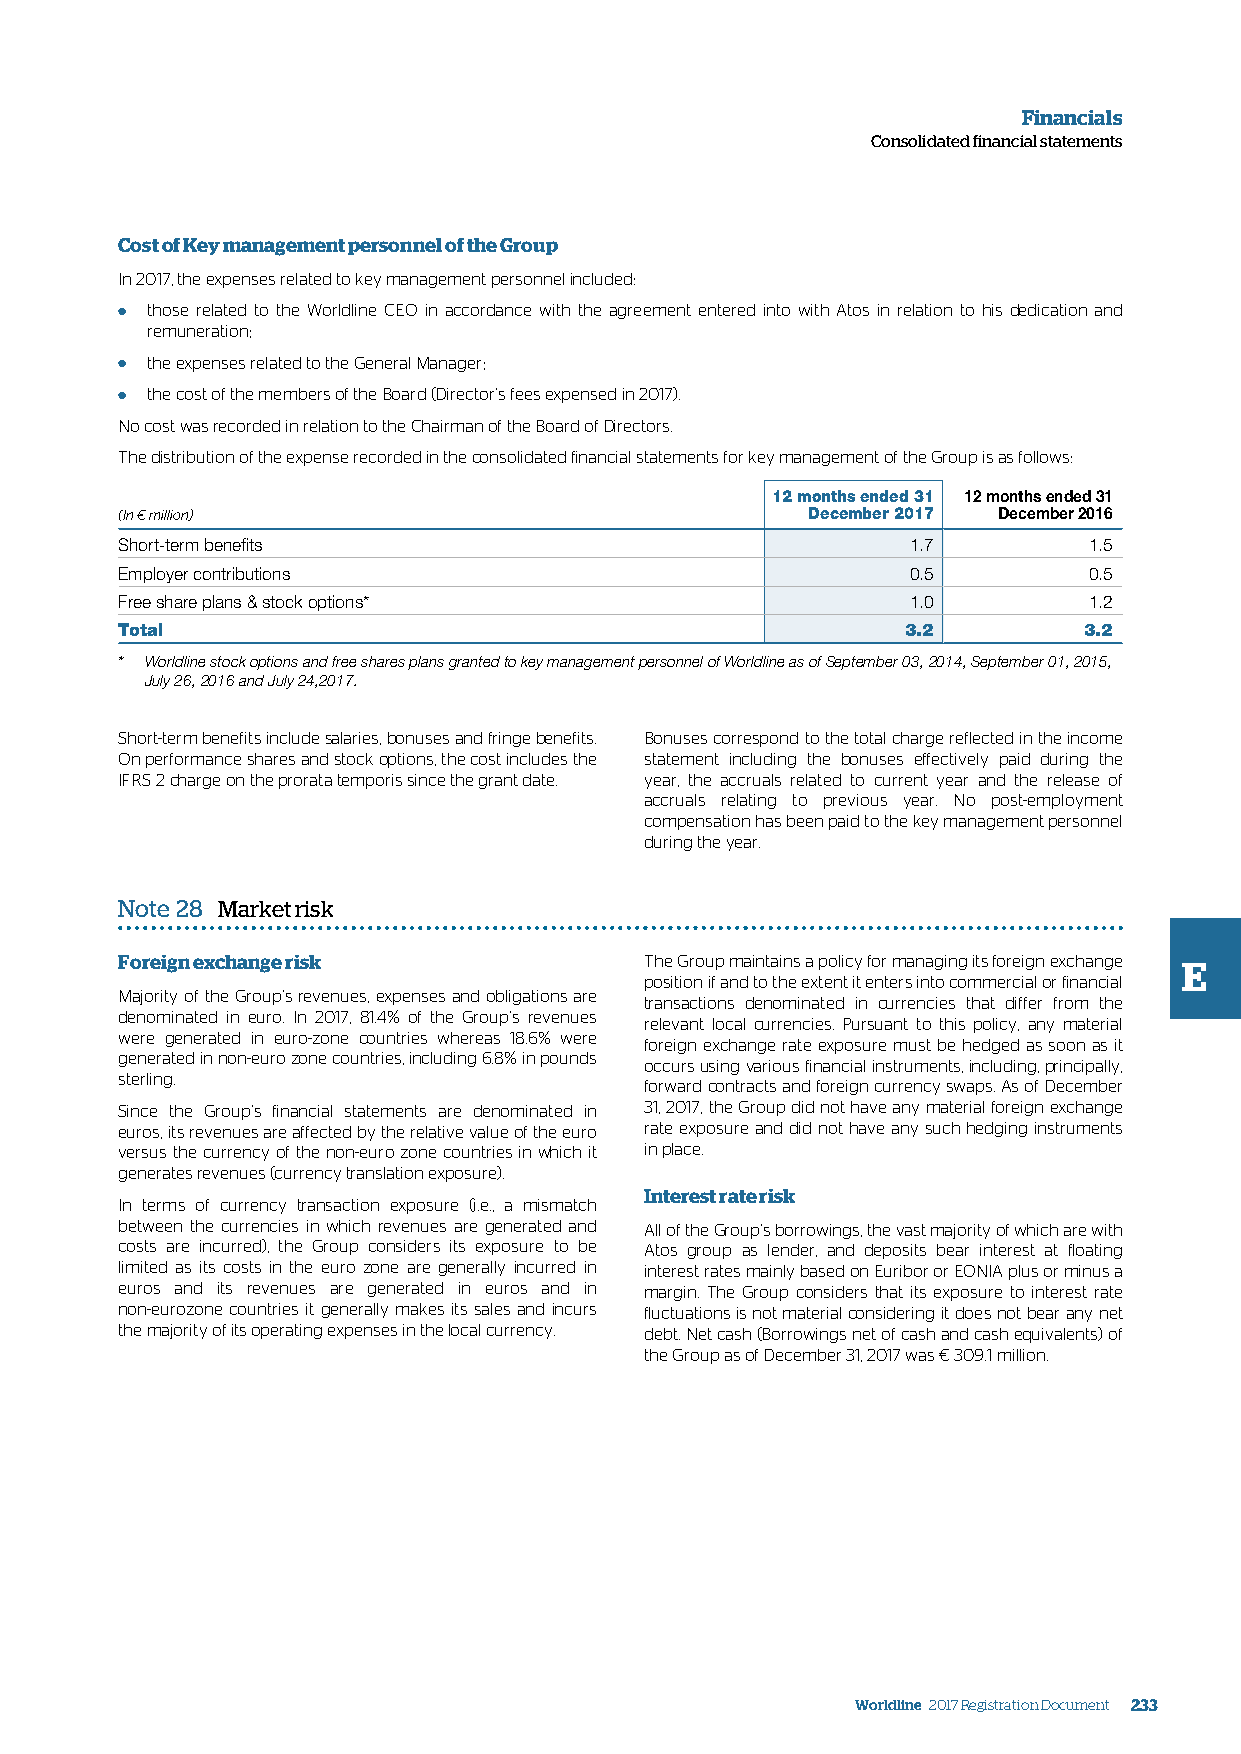
Financials
 Consolidated financial statements
 Cost of Key management personnel of the Group
 In 2017, the expenses related to key management personnel included:
 ● those related to the Worldline CEO in accordance with the agreement entered into with Atos in relation to his dedication and
 remuneration;
 ● the expenses related to the General Manager;
 ● the cost of the members of the Board (Director’s fees expensed in 2017).
 No cost was recorded in relation to the Chairman of the Board of Directors.
 The distribution of the expense recorded in the consolidated financial statements for key management of the Group is as follows:
 12 months ended 31 12 months ended 31
 (In € million)                               December 2017 December 2016
 Short-term benefits                                 1.7         1.5
 Employer contributions                              0.5         0.5
 Free share plans & stock options*                   1.0         1.2
 Total                                               3.2         3.2
 * Worldline stock options and free shares plans granted to key management personnel of Worldline as of September 03, 2014, September 01, 2015,
 July 26, 2016 and July 24,2017.
 Short-term benefits include salaries, bonuses and fringe benefits. Bonuses correspond to the total charge reflected in the income
 On performance shares and stock options, the cost includes the statement including the bonuses effectively paid during the
 IFRS 2 charge on the prorata temporis since the grant date. year, the accruals related to current year and the release of
 accruals relating to previous year. No post-employment
 compensation has been paid to the key management personnel
 during the year.
 Note 28 Market risk
 Foreign exchange risk              The Group maintains a policy for managing its foreign exchange E
 position if and to the extent it enters into commercial or financial
 Majority of the Group’s revenues, expenses and obligations are
 transactions denominated in currencies that differ from the
 denominated in euro. In 2017, 81.4% of the Group’s revenues
 relevant local currencies. Pursuant to this policy, any material
 were generated in euro-zone countries whereas 18.6% were
 foreign exchange rate exposure must be hedged as soon as it
 generated in non-euro zone countries, including 6.8% in pounds
 occurs using various financial instruments, including, principally,
 sterling.
 forward contracts and foreign currency swaps. As of December
 Since the Group’s financial statements are denominated in 31, 2017, the Group did not have any material foreign exchange
 euros, its revenues are affected by the relative value of the euro rate exposure and did not have any such hedging instruments
 versus the currency of the non-euro zone countries in which it in place.
 generates revenues (currency translation exposure).
 Interest rate risk
 In terms of currency transaction exposure (i.e., a mismatch
 between the currencies in which revenues are generated and All of the Group’s borrowings, the vast majority of which are with
 costs are incurred), the Group considers its exposure to be Atos group as lender, and deposits bear interest at floating
 limited as its costs in the euro zone are generally incurred in interest rates mainly based on Euribor or EONIA plus or minus a
 euros and its revenues are generated in euros and in margin. The Group considers that its exposure to interest rate
 non-eurozone countries it generally makes its sales and incurs fluctuations is not material considering it does not bear any net
 the majority of its operating expenses in the local currency. debt. Net cash (Borrowings net of cash and cash equivalents) of
 the Group as of December 31, 2017 was € 309.1 million.
 Worldline 2017 Registration Document 233